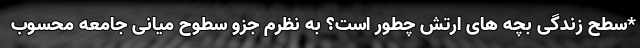
*سطح زندگی بچه های ارتش چطور است؟ به نظرم جزو سطوح میانی جامعه محسوب